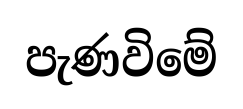
පැණවිමේ